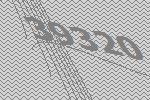
39320